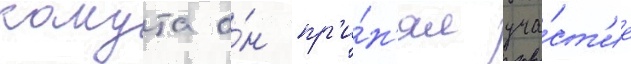
какута о́н пр'и́н'ял уча́ст'ие